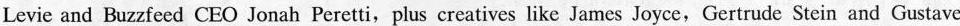
Levie and Buzzfeed CEO Jonah Peretti, plus creatives like James Joyce, Gertrude Stein and Gustave